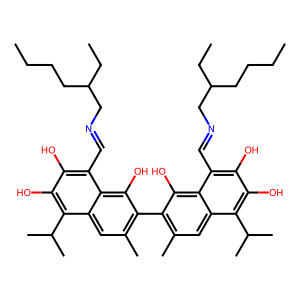
SMILES: CCCCC(CC)CN=Cc1c(O)c(O)c(C(C)C)c2cc(C)c(-c3c(C)cc4c(C(C)C)c(O)c(O)c(C=NCC(CC)CCCC)c4c3O)c(O)c12
Inhibits HIV replication: No